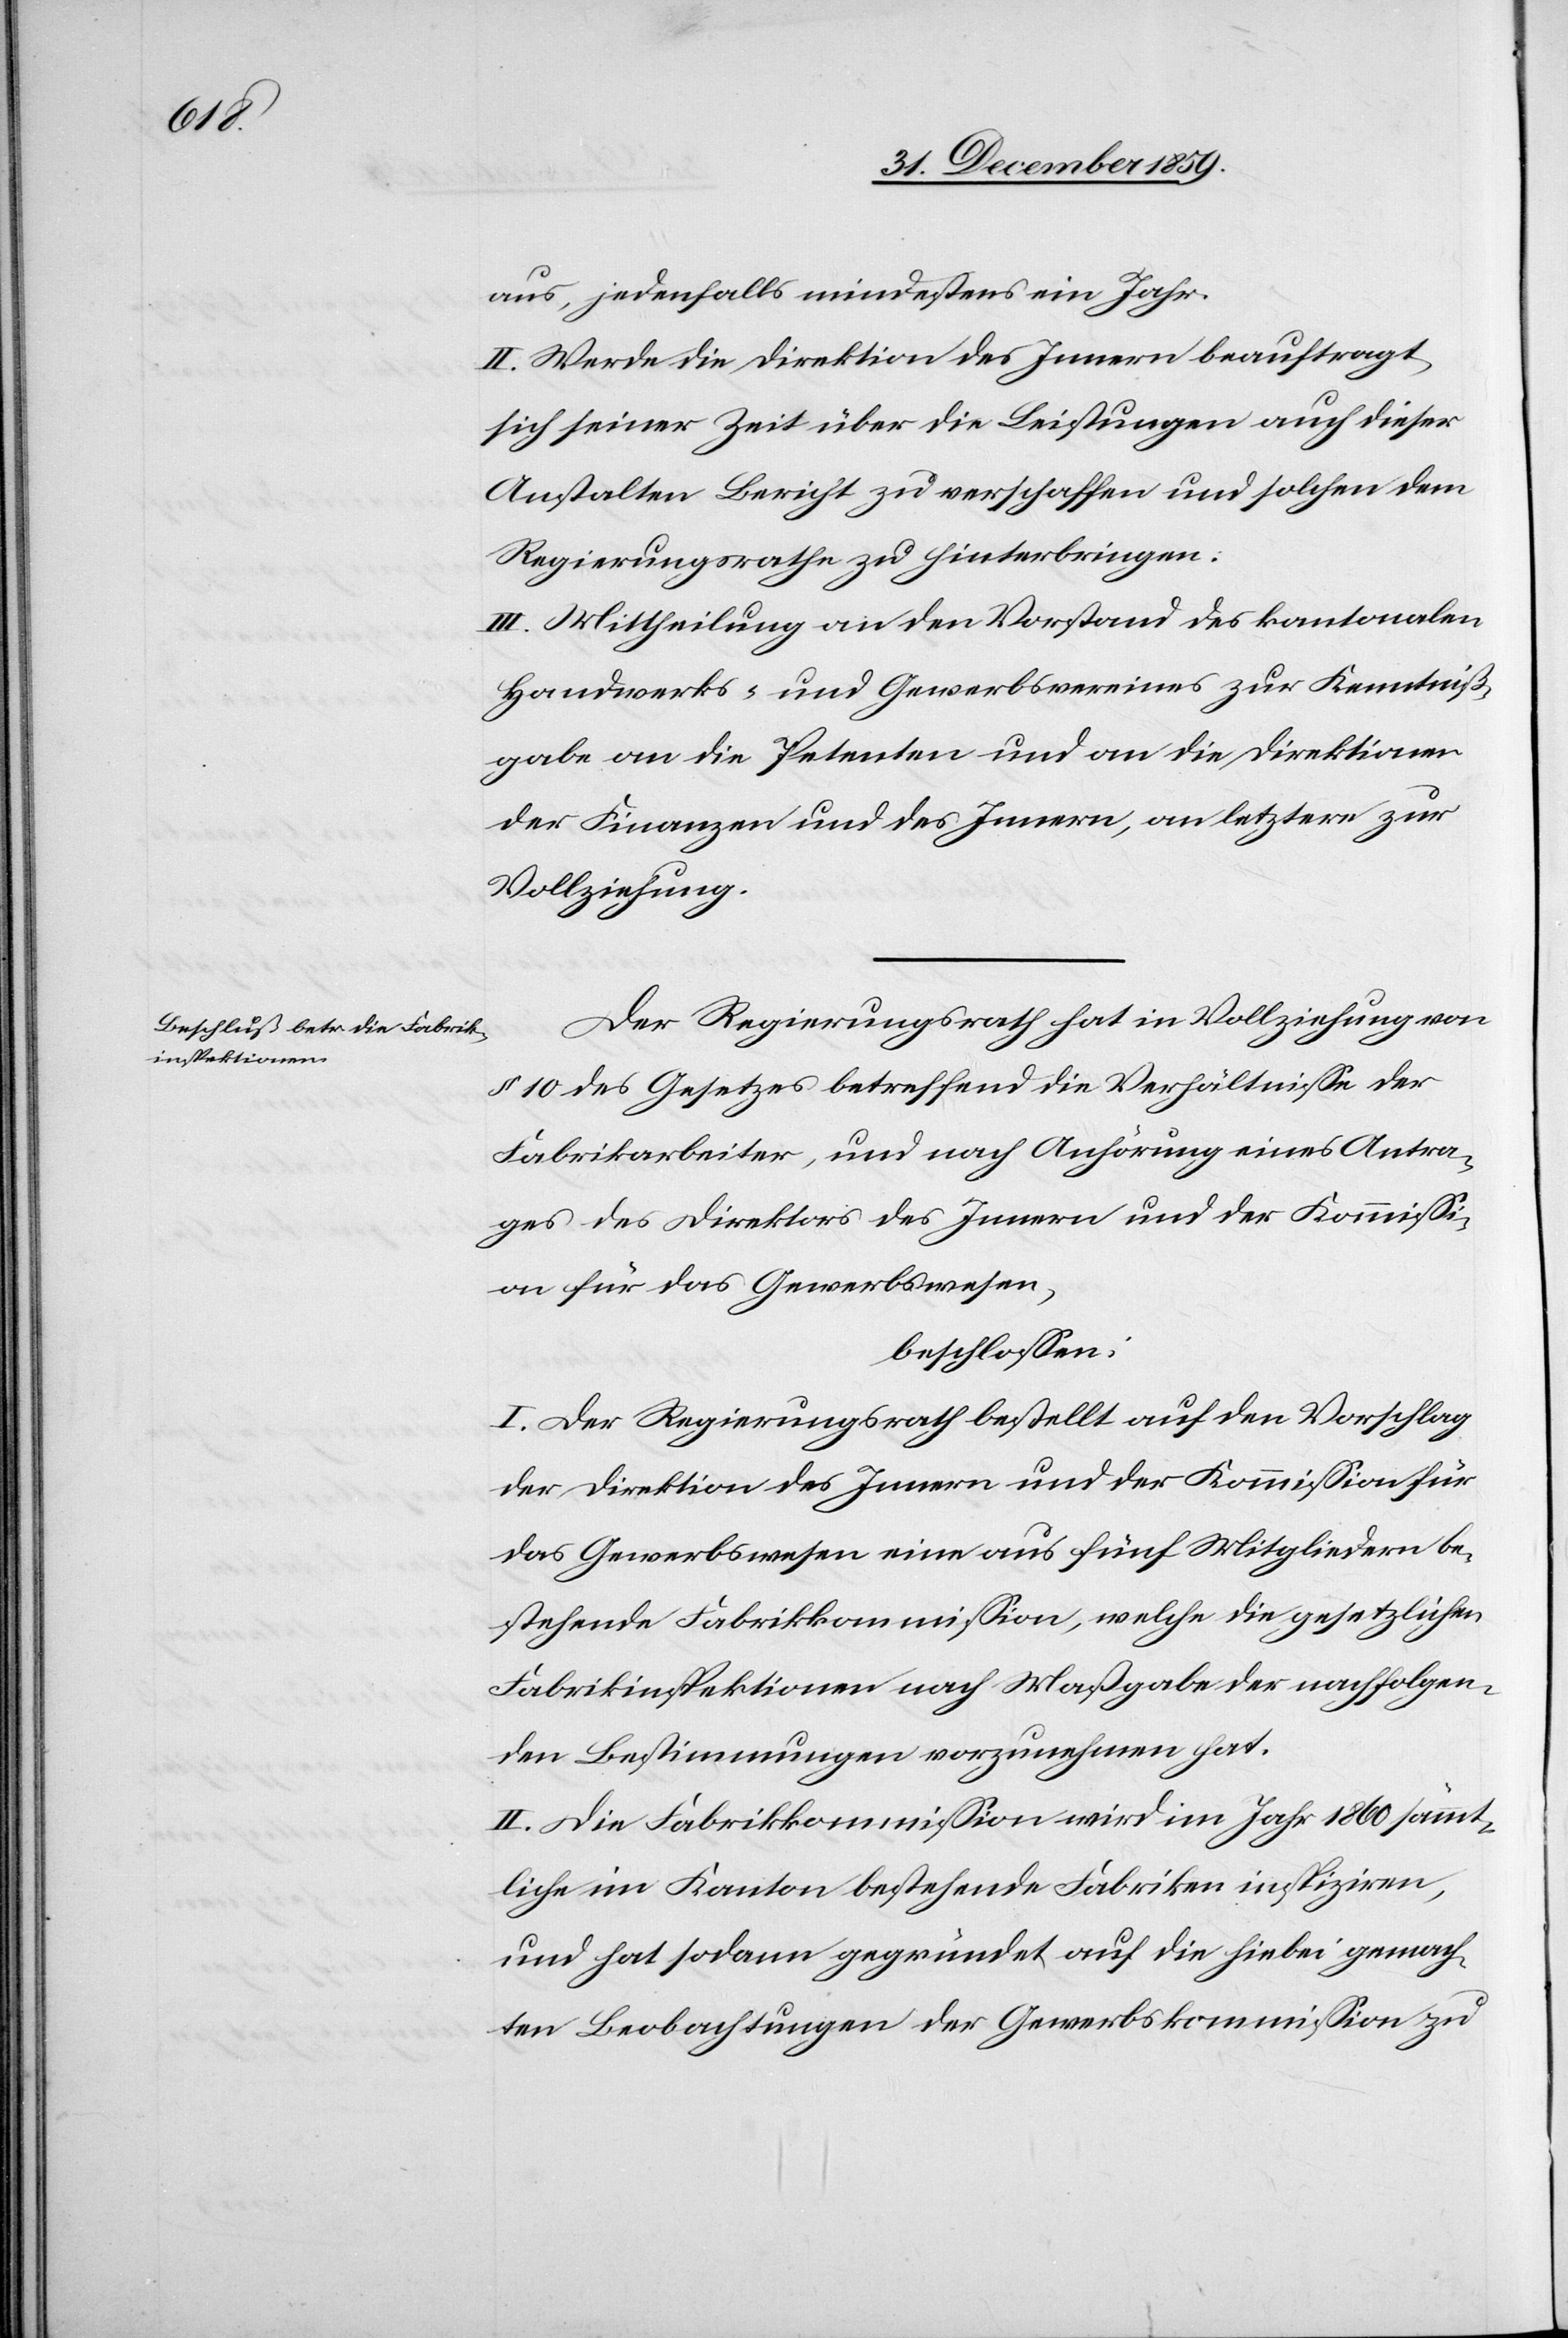
aus, jedenfalls mindestens ein Jahr.
II. Werde die Direktion des Innern beauftragt,
sich seiner Zeit über die Leistungen auch dieser
Anstalten Bericht zu verschaffen und solchen dem
Regierungsrathe zu hinterbringen.
III. Mittheilung an den Vorstand des kantonalen
Handwerks- und Gewerbsvereines zur Kenntniß¬
gabe an die Petenten und an die Direktionen
der Finanzen und des Innern, an letztere zur
Vollziehung.
Der Regierungsrath hat in Vollziehung von
§ 10 des Gesetzes betreffend die Verhältnisse der
Fabrikarbeiter, und nach Anhörung eines Antra¬
ges des Direktors des Innern und der Kommissi¬
on für das Gewerbswesen,
beschlossen:
I. Der Regierungsrath bestellt auf den Vorschlag
der Direktion des Innern und der Kommission für
das Gewerbswesen eine aus fünf Mitgliedern be¬
stehende Fabrikkommission, welche die gesetzlichen
Fabrikinspektionen nach Maßgabe der nachfolgen¬
den Bestimmungen vorzunehmen hat.
II. Die Fabrikkommission wird im Jahr 1860 sämmt¬
liche im Kanton bestehende Fabriken inspiziren,
und hat sodann gegründet auf die hiebei gemach¬
ten Beobachtungen der Gewerbskommission zu